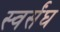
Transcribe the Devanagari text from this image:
स्वर्संघ